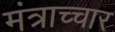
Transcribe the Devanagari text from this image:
मंत्राच्चार